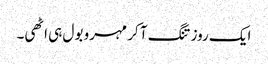
ایک روز تنگ آ کر مہرو بول ہی اٹھی۔